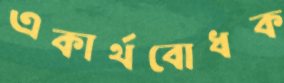
একার্থবোধক